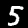
Digit: 5